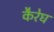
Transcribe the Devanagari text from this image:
कैरेघ